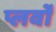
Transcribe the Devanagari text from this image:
प्लर्वों